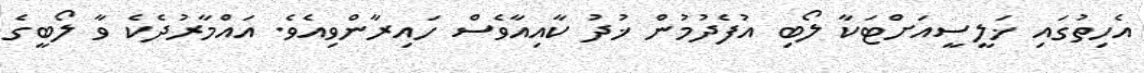
އެހިތުގައި ޚަލީސީއަށްޓަކާ ލޯބި އުފެދުމުން ޚުދު ކާއިއާވެސް ހައިރާންވިއެވެ. އައްމާރުދެކެ ވާ ލޯބީގެ